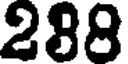
288